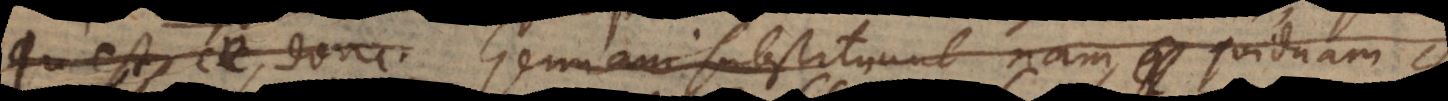
Qu’est ce donc. Germani substituunt nam, quidnam